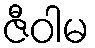
ဇီဝါမ